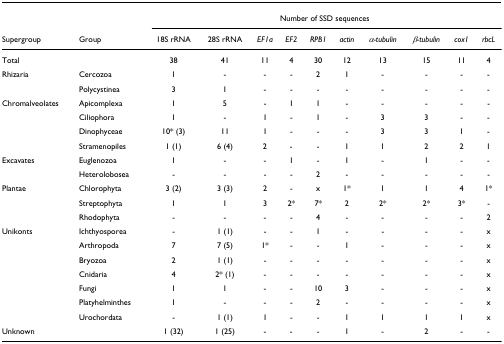
|  |  | <COLSPAN=10> Number of SSD sequences |
 | Supergroup | Group | 18S rRNA | 28S rRNA | EF1a | EF2 | RPB1 | actin | α-tubulin | β-tubulin | cox1 | rbcL |
 | --- | --- | --- | --- | --- | --- | --- | --- | --- | --- | --- | --- |
 | Total |  | 38 | 41 | 11 | 4 | 30 | 12 | 13 | 15 | 11 | 4 |
 | Rhizaria | Cercozoa | 1 | - | - | - | 2 | 1 | - | - | - | - |
 |  | Polycystinea | 3 | 1 | - | - | - | - | - | - | - | - |
 | Chromalveolates | Apicomplexa | 1 | 5 | - | 1 | 1 | - | - | - | - | - |
 |  | Ciliophora | 1 | - | 1 | - | 1 | - | 3 | 3 | - | - |
 |  | Dinophyceae | 10* (3) | 11 | 1 | - | - | - | 3 | 3 | 1 | - |
 |  | Stramenopiles | 1 (1) | 6 (4) | 2 | - | - | 1 | 1 | 2 | 2 | 1 |
 | Excavates | Euglenozoa | 1 | - | - | 1 | - | 1 | - | 1 | - | - |
 |  | Heterolobosea | - | - | - | - | 2 | - | - | - | - | - |
 | Plantae | Chlorophyta | 3 (2) | 3 (3) | 2 | - | x | 1* | 1 | 1 | 4 | 1* |
 |  | Streptophyta | 1 | 1 | 3 | 2* | 7* | 2 | 2* | 2* | 3* | - |
 |  | Rhodophyta | - | - | - | - | 4 | - | - | - | - | 2 |
 | Unikonts | Ichthyosporea | - | 1 (1) | - | - | 1 | - | - | - | - | x |
 |  | Arthropoda | 7 | 7 (5) | 1* | - | - | 1 | - | - | - | x |
 |  | Bryozoa | 2 | 1 (1) | - | - | - | - | - | - | - | x |
 |  | Cnidaria | 4 | 2* (1) | - | - | - | - | - | - | - | x |
 |  | Fungi | 1 | 1 | - | - | 10 | 3 | - | - | - | x |
 |  | Platyhelminthes | 1 | - | - | - | 2 | - | - | - | - | x |
 |  | Urochordata | - | 1 (1) | 1 | - | - | 1 | 1 | 1 | 1 | x |
 | Unknown |  | 1 (32) | 1 (25) | - | - | - | 1 | - | 2 | - | - |